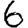
Digit: 6